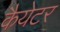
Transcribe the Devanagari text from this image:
कैयेटर